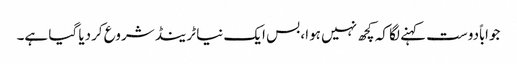
جواباًدوست کہنے لگا کہ کچھ نہیں ہوا، بس ایک نیا ٹرینڈ شروع کردیا گیا ہے۔